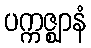
ပက္ကဇ္ဈာနံ